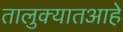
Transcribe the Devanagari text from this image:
तालुक्यातआहे